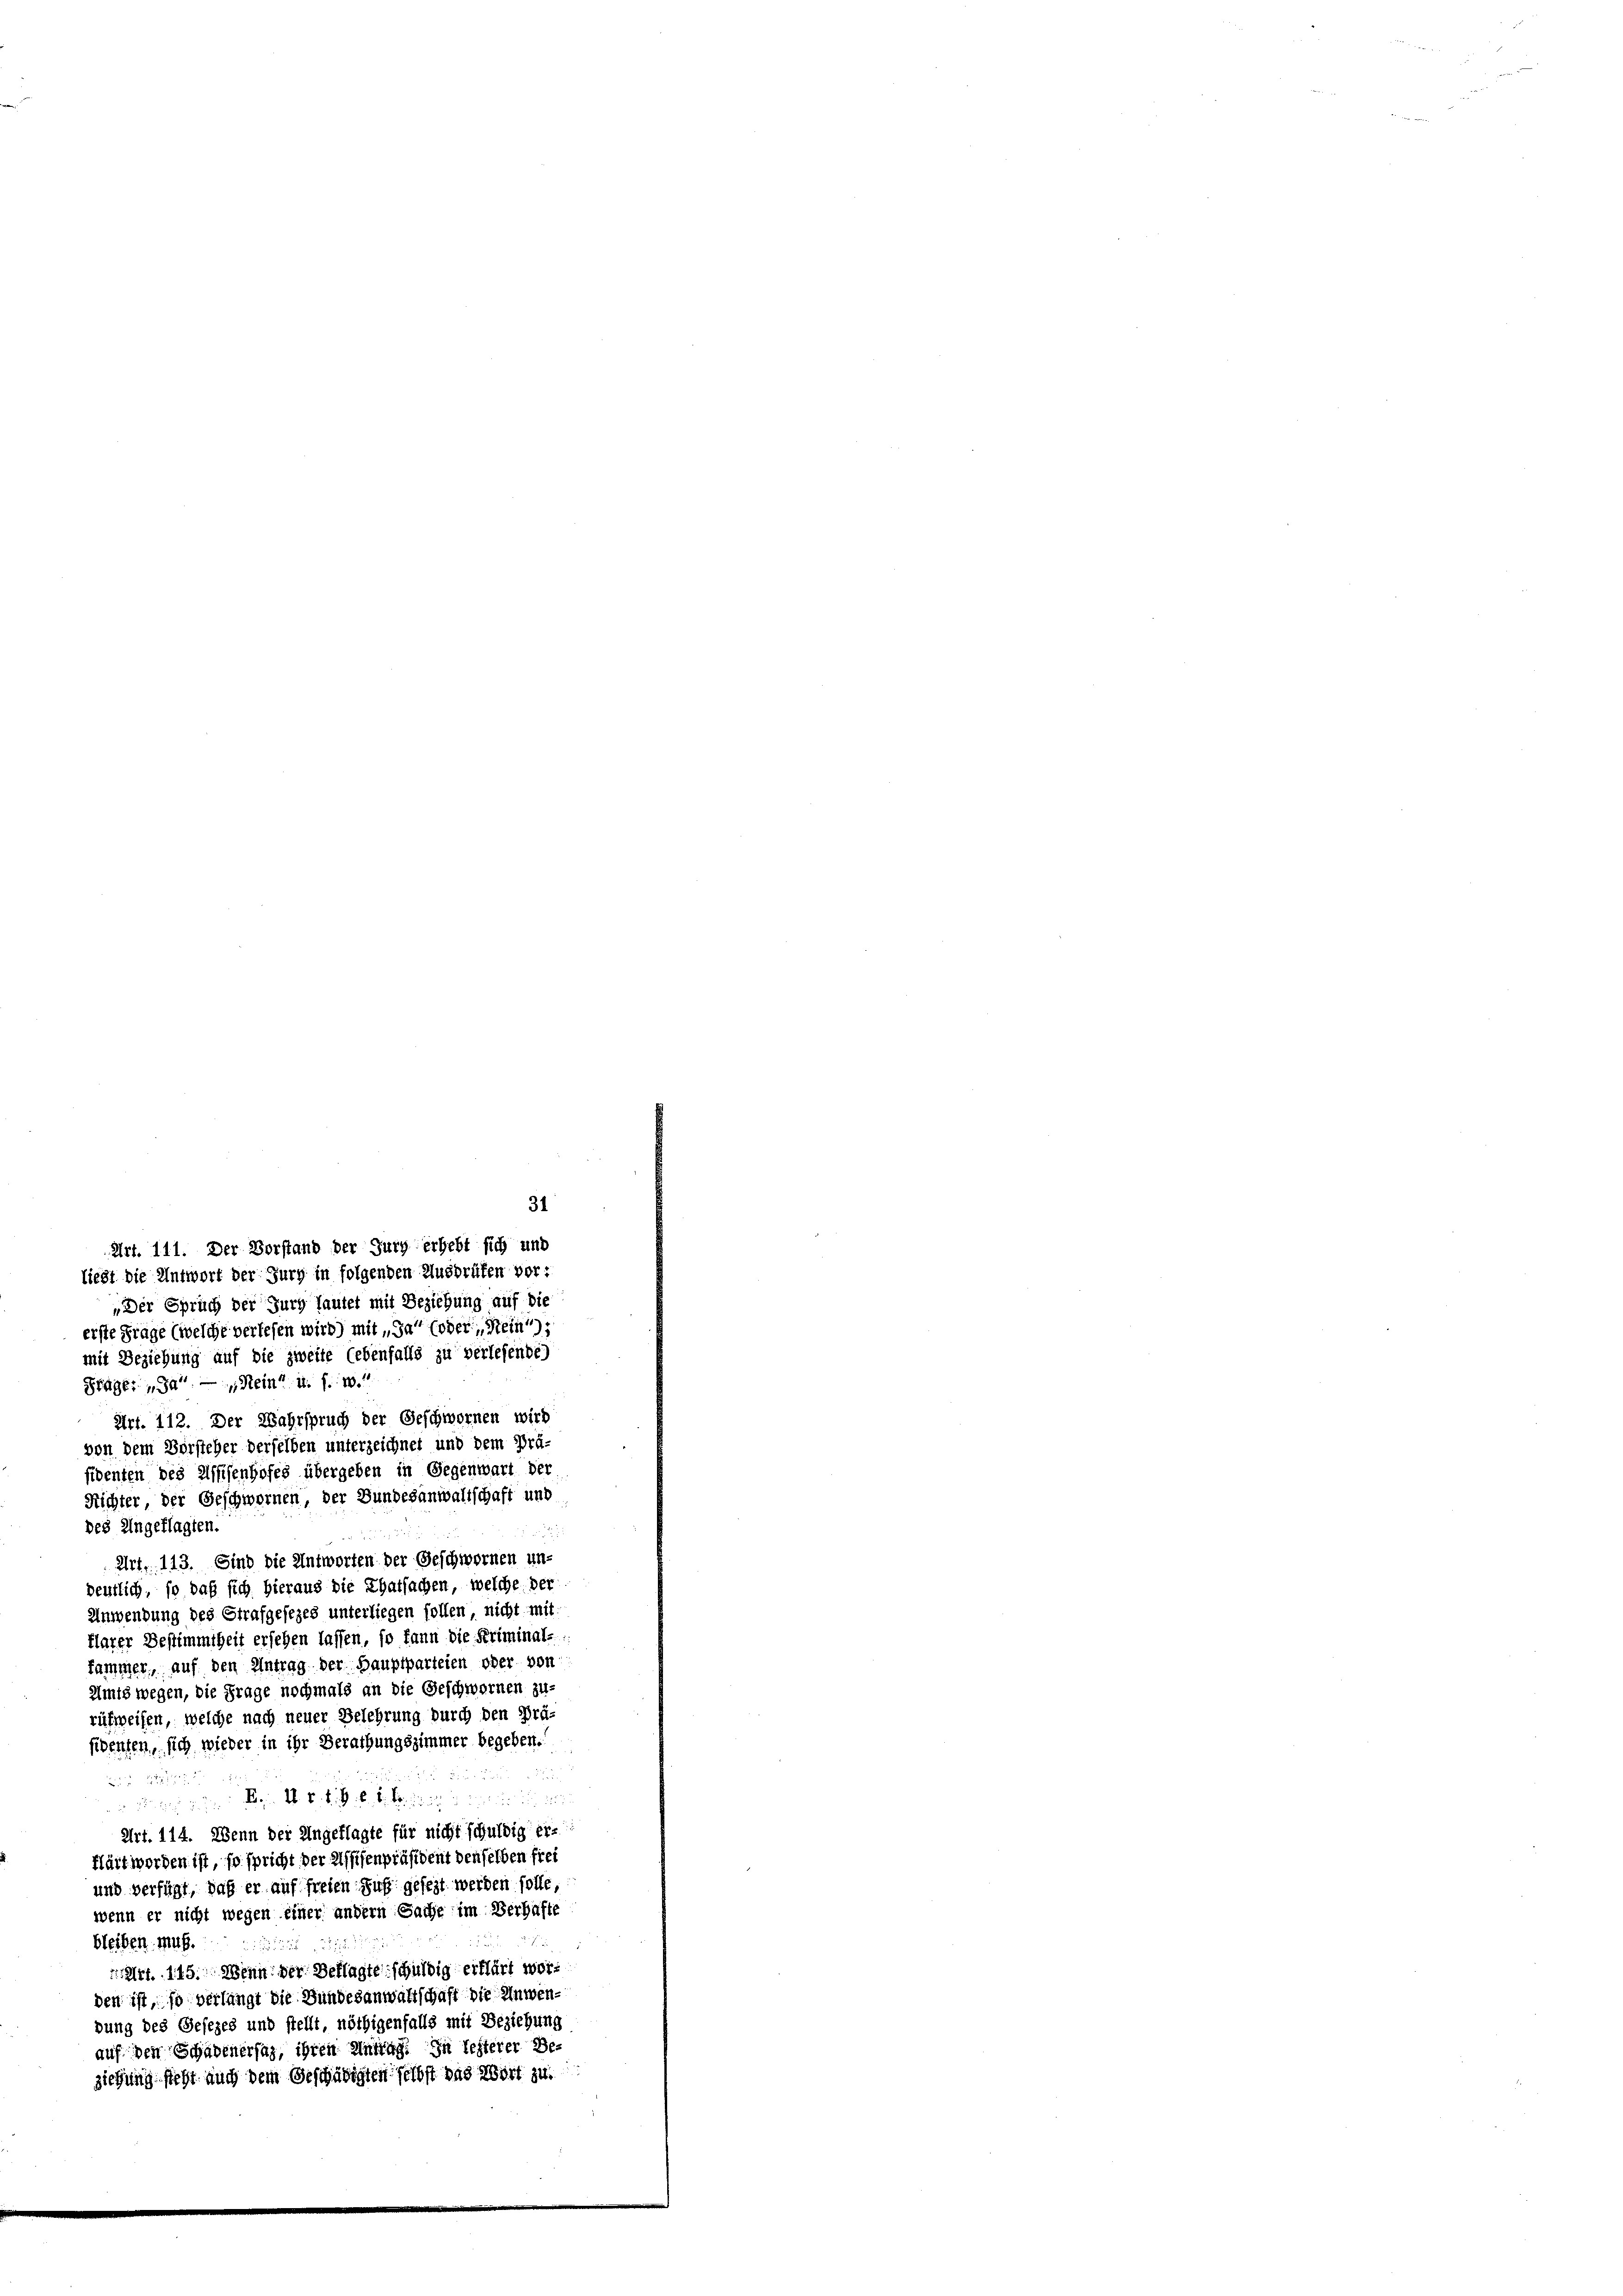
liegt die Antwort der Jurg in folgenden Ausdrüfen vor:
„Der Spruch der Jury fautet mit Beziehung auf die
erste Frage (welche verlesen wird) mit „Ja“ (oder Rein),
mit Beziehung auf die zweite lebenfalls zu verlesende)
Frage: „Ja. — Mein u. s. w.
Art. 112. Der Wahrspruch der Geschwornen wird
von dem Vorsteher derselben unterzeichnet und dem Prä-
fidenten des Assisenhofes übergeben in Gegenwart der
Richter der Geschwornen, der Bundesanwaltschaft und
des Angeklagten.
Art, 113. Sind die Antworten der Geschwornen un-
deutlich, so daß sich hieraus die Thatsachen, welche der
Anwendung des Strafgesezes unterliegen sollen, nicht mit
klarer Bestimmtheit ersehen lassen, so kann die Kriminal-
fammer, auf den Antrag der Hauptparteien oder von
Umts wegen, die Frage nochmals an die Geschwornen zu-
rüfweisen, welche nach neuer Belehrung durch den Prä-
sidenten, sich wieder in ihr Berathungszimmer begeben.

 Denn zu darin so trittel Steinen einer in m
Art. 114. Wenn der Angeklagte für nicht schuldig er-
Härt worden ist, so spricht der Assisenpräsident denselben frei
und verfügt, daß er auf freien Fuß gesezt werden solle,
wenn er nicht wegen einer andern Sache im Verhafte
f
bleiben muß.

Art. 115. Wenn der Beklagte schuldig erklärt worden ist, so verlangt die Bundesanwaltschaft die Anwendung des Gesezes und stellt, nöthigenfalls mit Beziehung
auf den Schadenersaz, ihren Antrag. In leiterer Be-
ziehung steht auch dem Geschädigten selbst das Wort zu

31
Art. 111. Der Vorstand der Jurg erhebt sich und